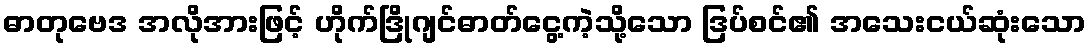
ဓာတုဗေဒ အလိုအားဖြင့် ဟိုက်ဒြိုဂျင်ဓာတ်ငွေ့ကဲ့သို့သော ဒြပ်စင်၏ အသေးငယ်ဆုံးသော